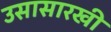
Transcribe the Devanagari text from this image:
उसासारखी